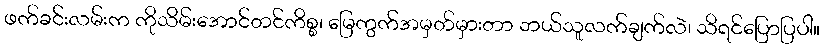
ဖက်ခင်းလမ်းက ကိုသိမ်းအောင်တင်ကိစ္စ၊ မြေကွက်အမှတ်မှားတာ ဘယ်သူလက်ချက်လဲ၊ သိရင်ပြောပြပါ။